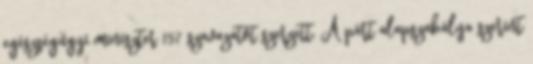
egészségügyi miniszter 157 szavazatot szerzett. A párt alapszabálya szerint